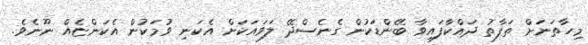
މިހާތަނަށް ތަފާތު ދައްކާފައިވާ ބޭންޑަކުން ގެނެސްދޭ ލަވައަކަށް އެކަނި ވުމަކުން އެކަންޏެއް ނޫނެވެ.